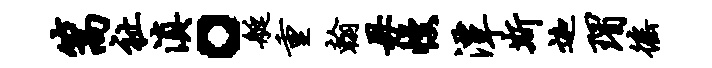
篙祉滇。艇重翰毋幔潭斯迦瑁徭